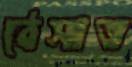
ঠেসাত